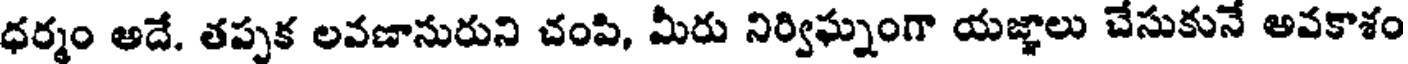
ధర్మం అదే. తప్పక లవణానురుని చంపి, మీరు నిర్విఘ్నంగా యజ్ఞాలు చేసుకునే అవకొశం